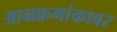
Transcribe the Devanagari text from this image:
आग्रक्रमांकावर